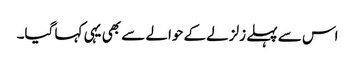
اس سے پہلے زلزلے کے حوالے سے بھی یہی کہا گیا۔